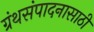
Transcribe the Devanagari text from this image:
ग्रंथसंपादनासाठी